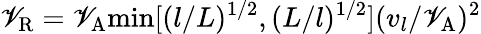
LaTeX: \mathscr{V}_{\mathrm{{R}}}=\mathscr{V}_{\mathrm{{A}}}\mathrm{{min}}[(l/L)^{1/2},(L/l)^{1/2}](v_{l}/\mathscr{V}_{\mathrm{{A}}})^{2}